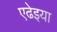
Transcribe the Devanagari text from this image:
एढेइया